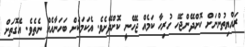
ރައްޔިތުންނަށް ކޮށްދޭންޖެހޭ ހުރިހާ ކަމެއް ޖެހޭނީ ކޮށްދޭށެވެ. އެކަމަކަށް ބަހަނާއެއް ނެތެވެ. އެގޮތަށް